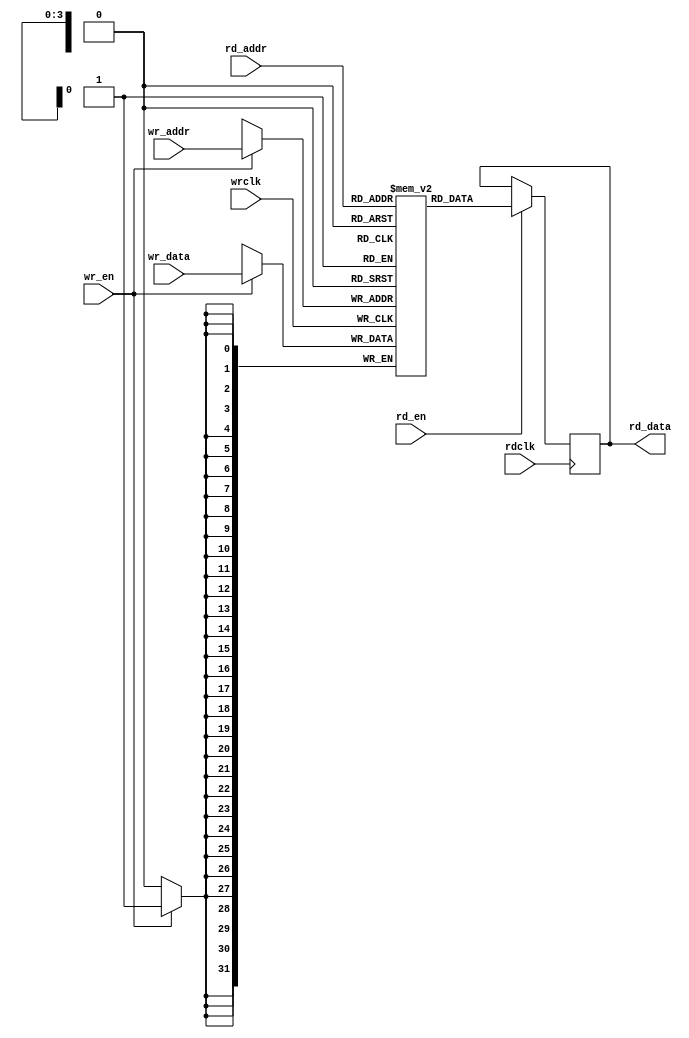
module DPRAM #(
    parameter WIDTH = 32,
    parameter DEPTH = 16,
    parameter ADDR = 4
)
(
    input wrclk,
    input rdclk,
    input wr_en,
    input rd_en,
    input  [ADDR-1:0] wr_addr,
    input  [ADDR-1:0] rd_addr,
    input  [WIDTH-1:0] wr_data,
    output reg [WIDTH-1:0] rd_data
);

reg [WIDTH-1:0] dpram[0:DEPTH-1];

always @(posedge wrclk) begin
    if (wr_en) begin
        dpram[wr_addr] <= wr_data;
    end
end

always @(posedge rdclk) begin
    if (rd_en) begin
        rd_data <= dpram[rd_addr];
    end
end

endmodule